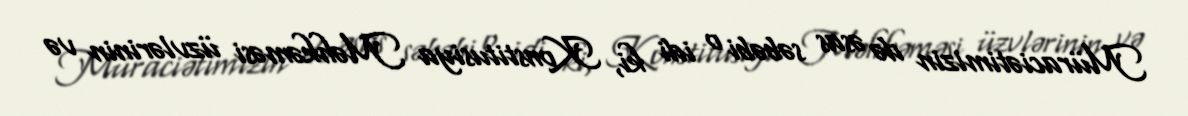
Müraciətimizin də əsas səbəbi o idi ki, Konstitusiya Məhkəməsi üzvlərinin və